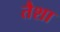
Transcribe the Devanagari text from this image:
तैशा